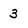
Character: 3